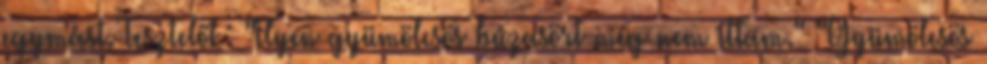
egymást. Tesztelők: "Ilyen gyümölcsös búzasört még nem ittam." "Gyümölcsös